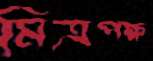
মিত্রপক্ষ